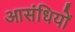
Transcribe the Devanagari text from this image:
आसंधियों